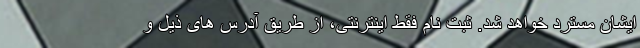
ایشان مسترد خواهد شد. ثبت نام فقط اینترنتی، از طریق آدرس های ذیل و